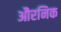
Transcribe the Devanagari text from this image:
औरनिक